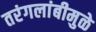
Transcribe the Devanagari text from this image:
तरंगलांबीमुळे